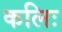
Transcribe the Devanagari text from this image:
कलिः